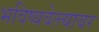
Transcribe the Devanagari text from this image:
भविष्यवेत्त्यावर